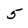
Character: 5